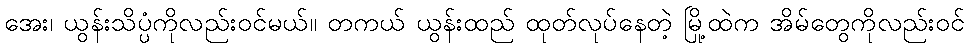
အေး၊ ယွန်းသိပ္ပံကိုလည်းဝင်မယ်။ တကယ် ယွန်းထည် ထုတ်လုပ်နေတဲ့ မြို့ထဲက အိမ်တွေကိုလည်းဝင်